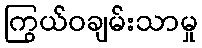
ကြွယ်ဝချမ်းသာမှု